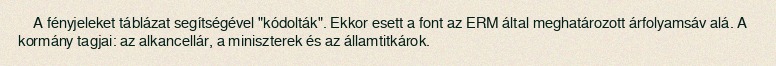
A fényjeleket táblázat segítségével "kódolták". Ekkor esett a font az ERM által meghatározott árfolyamsáv alá. A kormány tagjai: az alkancellár, a miniszterek és az államtitkárok.